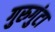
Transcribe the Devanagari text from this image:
गुरुगुंटा